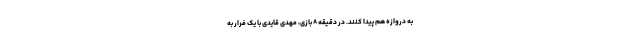
به دروازه هم پیدا کنند. در دقیقه ۸ بازی، مهدی قایدی با یک فرار به